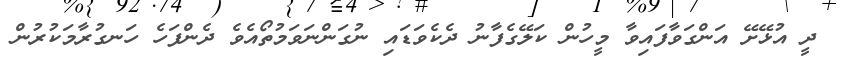
ދީ އުޅޭށޭ އަންގަވާފައިވާ މީހުން ކަލޭގެފާނު ދެކެވަޑައި ނުގަންނަވަމުތޯއެވެ ދެންފަހެ ހަނގުރާމަކުރުން